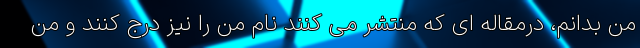
من بدانم، درمقاله ای که منتشر می کنند نام من را نیز درج کنند و من